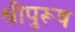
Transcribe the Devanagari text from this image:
श्रीपुरूष